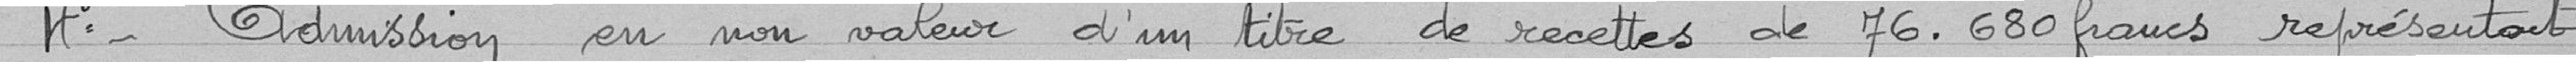
4° - Admission en non valeur d'un titre de recettes de 76,680 francs représentant